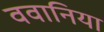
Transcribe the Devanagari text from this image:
ववानिया